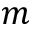
m